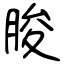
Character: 朘